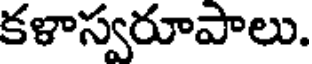
కళాస్వరూపాలు.